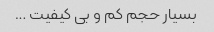
بسیار حجم کم و بی کیفیت …